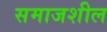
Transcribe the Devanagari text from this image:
समाजशील